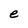
Character: e